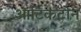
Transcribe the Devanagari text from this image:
आर्टिकटोन